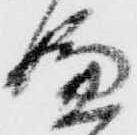
嫌